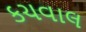
કચવાલ